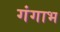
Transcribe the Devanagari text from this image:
गंगाभ